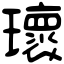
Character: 瓌